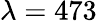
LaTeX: \lambda=473